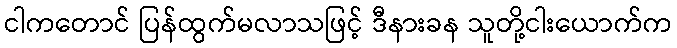
ငါကတောင် ပြန်ထွက်မလာသဖြင့် ဒီနားခန သူတို့ငါးယောက်က